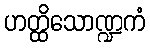
ဟတ္ထိသောဏ္ဍကံ